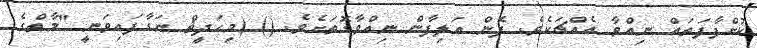
ކުށްފާފަތައް ނިއްވާ އެއްޗަކެވެ. ފެން އަލިފާން ނިއްވާގޮތަށެވެ. () (މިހަދީޘް ނަގާފައިވަނީ "މާތްގެ